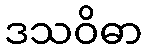
ဒသဝိဓာ